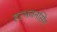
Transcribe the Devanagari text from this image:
हरभजनसिंग